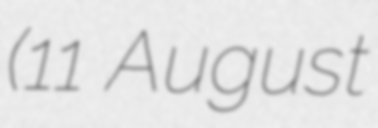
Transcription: (11 August